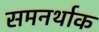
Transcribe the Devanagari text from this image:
समनर्थाक